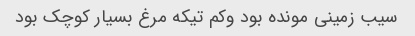
سیب زمینی مونده بود وکم تیکه مرغ بسیار کوچک بود